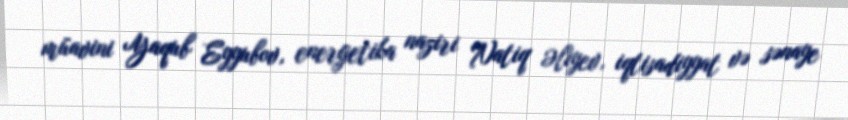
müavini Yaqub Eyyubov, energetika naziri Natiq Əliyev, iqtisadiyyat və sənaye